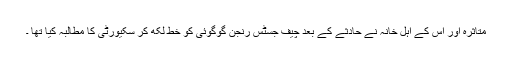
متاثرہ اور اس کے اہل خانہ نے حادثے کے بعد چیف جسٹس رنجن گوگوئی کو خط لکھ کر سکیورٹی کا مطالبہ کیا تھا ۔